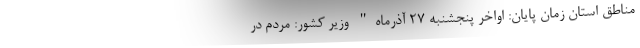
مناطق استان زمان پایان: اواخر پنجشنبه ۲۷ آذرماه" وزیر کشور: مردم در